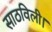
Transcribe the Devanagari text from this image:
साठविली।